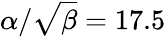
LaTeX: {\alpha/\sqrt\beta}=17.5